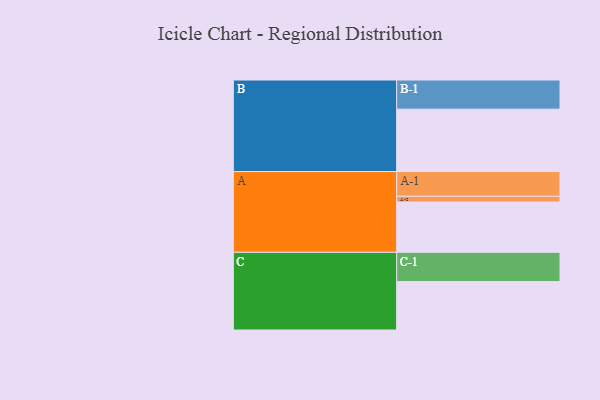
{"axis": {"x": "Segment", "y": "Value"}, "legend": ["", "A", "B", "C"], "data": [{"x": "A", "y": 435, "type": ""}, {"x": "B", "y": 540, "type": ""}, {"x": "C", "y": 419, "type": ""}, {"x": "A-1", "y": 214, "type": "A"}, {"x": "A-2", "y": 50, "type": "A"}, {"x": "B-1", "y": 252, "type": "B"}, {"x": "C-1", "y": 253, "type": "C"}]}